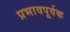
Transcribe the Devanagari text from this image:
प्रभावपूर्वक